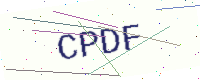
Text: CPDF